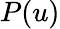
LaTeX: P(u)